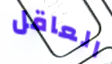
العاقل